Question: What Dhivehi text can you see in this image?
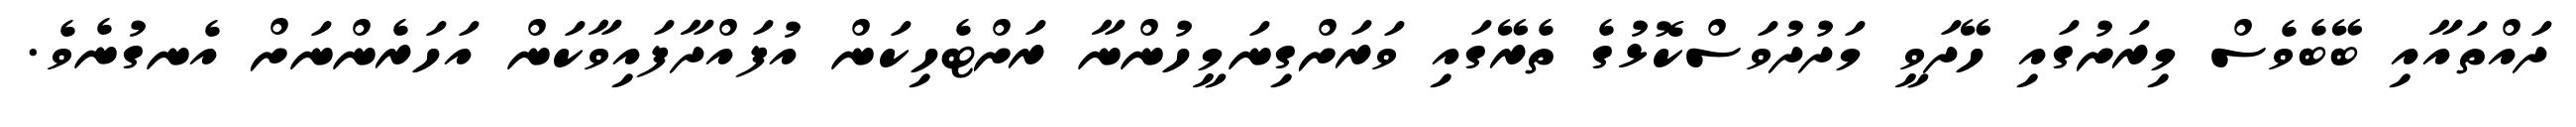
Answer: ދައްތައާއި ބޭބެވެސް މިރަށުގައި ހޭދަވީ މަދުދުވަސްކޮޅުގެ ތެރޭގައި ވަރަށްގިނަމީހުންނާ ރަށްޓެހިކަން އުފައްދާފައިވާކަން އަހަރެންނަށް އެނގުނެވެ.